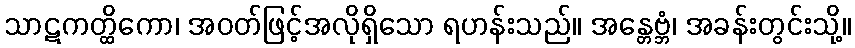
သာဋကတ္ထိကော၊ အဝတ်ဖြင့်အလိုရှိသော ရဟန်းသည်။ အန္တေဗ္ဘံ၊ အခန်းတွင်းသို့။